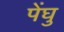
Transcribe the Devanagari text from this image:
पेंघु